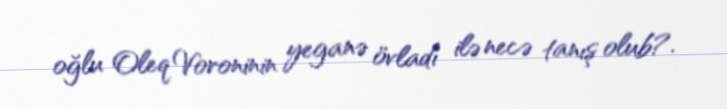
oğlu Oleq Voroninin yeganə övladı ilə necə tanış olub?.